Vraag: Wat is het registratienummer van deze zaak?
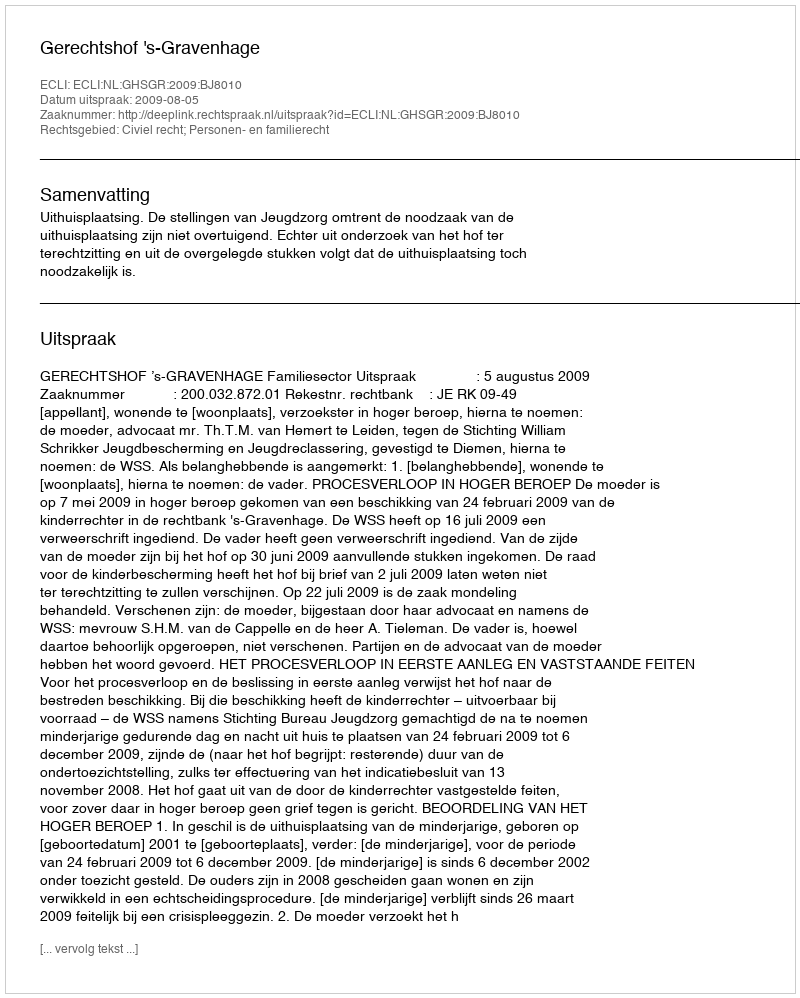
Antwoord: http://deeplink.rechtspraak.nl/uitspraak?id=ECLI:NL:GHSGR:2009:BJ8010